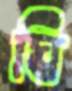
ঘি